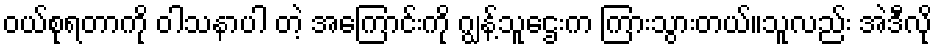
ဝယ်စုရတာကို ဝါသနာပါ တဲ့ အကြောင်းကို ဂျွန့်သူဌေးက ကြားသွားတယ်။သူလည်း အဲဒီလို